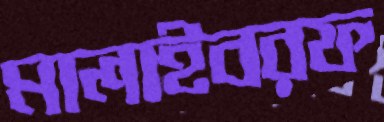
মালাইবরফ